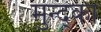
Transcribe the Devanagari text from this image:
मुन्द्का